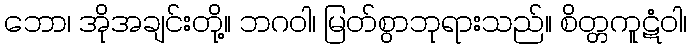
ဘော၊ အိုအချင်းတို့။ ဘဂဝါ၊ မြတ်စွာဘုရားသည်။ စိတ္တကူဋံဝါ၊